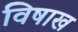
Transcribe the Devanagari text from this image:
विषाख